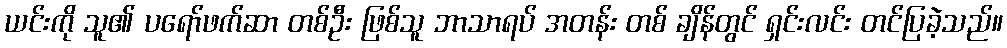
ယင်းကို သူ၏ ပရော်ဖက်ဆာ တစ်ဦး ဖြစ်သူ ဘာသာရပ် အတန်း တစ် ချိန်တွင် ရှင်းလင်း တင်ပြခဲ့သည်။